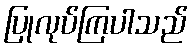
ပြုလုပ်ကြပါသည်